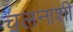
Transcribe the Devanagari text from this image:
चलनाशी